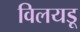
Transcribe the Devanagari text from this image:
विलयडू